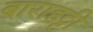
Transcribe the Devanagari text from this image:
बाराहट्टी